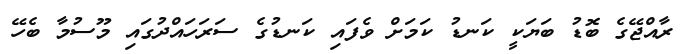
ރާއްޖޭގެ ބޮޑު ބަޔަކީ ކަނޑު ކަމަށް ވެފައި ކަނޑުގެ ސަރަހައްދުގައި މޫސުމާ ބެހޭ